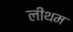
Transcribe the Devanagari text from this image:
लीथम